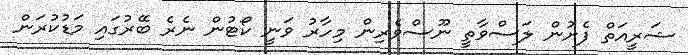
ޝަރީއަތް ފެށުން ލަސްވާތީ ނޫސްވެރިން މިހާރު ވަނީ ކޯޓުން ނެރެ ބޭރުގައި މަޑުކުރަން